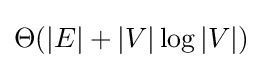
\Theta (|E|+|V|\log |V|)